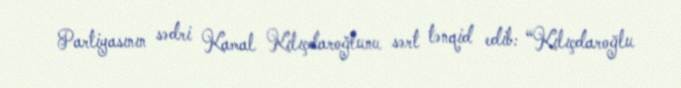
Partiyasının sədri Kamal Kılıçdaroğlunu sərt tənqid edib: “Kılıçdaroğlu